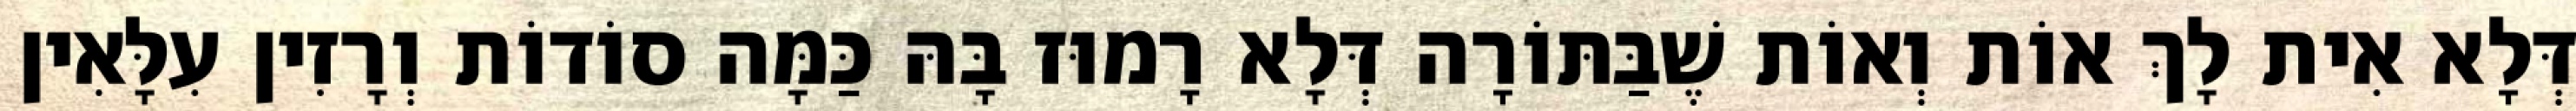
דְּלָא אִית לָךְ אוֹת וְאוֹת שֶׁבַּתּוֹרָה דְּלָא רָמוּז בָּהּ כַּמָּה סוֹדוֹת וְרָזִין עִלָּאִין